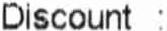
DISCOUNT :